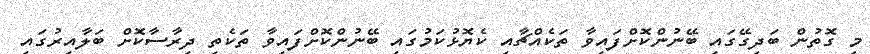
މި ގޮތުން ބަދިގޭގައި ބޭނުންކޮށްފައިވާ ތަކެއްޗާއި ކެޔޮޅުކަމުގައި ބޭނުންކޮށްފައިވާ ތަކެތި ދިރާސާކޮށް ބަލާއިރުގައި